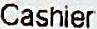
CASHIER